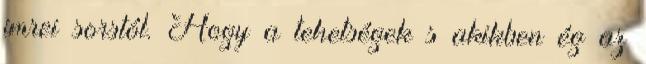
imrei sorstól. Hogy a tehetségek s akikben ég az